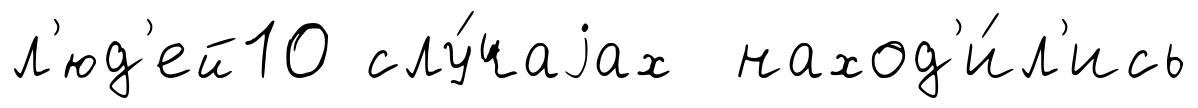
л'юд'ей10 слу́чаjах наход'и́л'ись